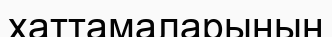
хаттамаларының